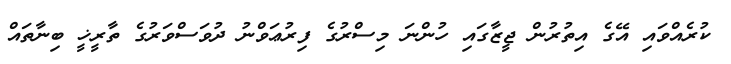
ކުރެއްވައި އޭގެ އިތުރުން ޖީޒާގައި ހުންނަ މިސްރުގެ ފިރުޢަވްނު ދުވަސްވަރުގެ ތާރީޚީ ބިނާތައް